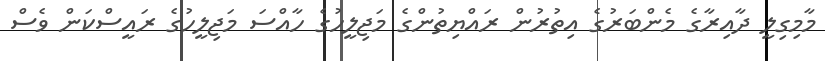
މާމިގިލީ ދާއިރާގެ މެންބަރުގެ އިތުރުން ރައްޔިތުންގެ މަޖިލީހުގެ ހާއްސަ މަޖިލީހުގެ ރައީސްކަން ވެސް